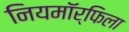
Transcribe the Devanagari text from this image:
नियमॉर्फिला